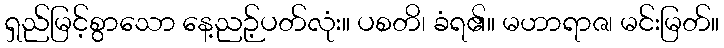
ရှည်မြင့်စွာသော နေ့ညဉ့်ပတ်လုံး။ ပစတိ၊ ခံရ၏။ မဟာရာဇ၊ မင်းမြတ်။